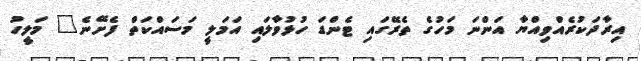
އިރާދަކުރެއްވިއްޔާ އަންނަ މަހުގެ ތެރޭގައި ޓެންޑަ ހުޅުވާލައި އަމަލީ މަސައްކަތް ފެށޭނެ" މަލީހު